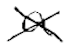
Text: a
Cross-out: cross
Writing tool: digital_black